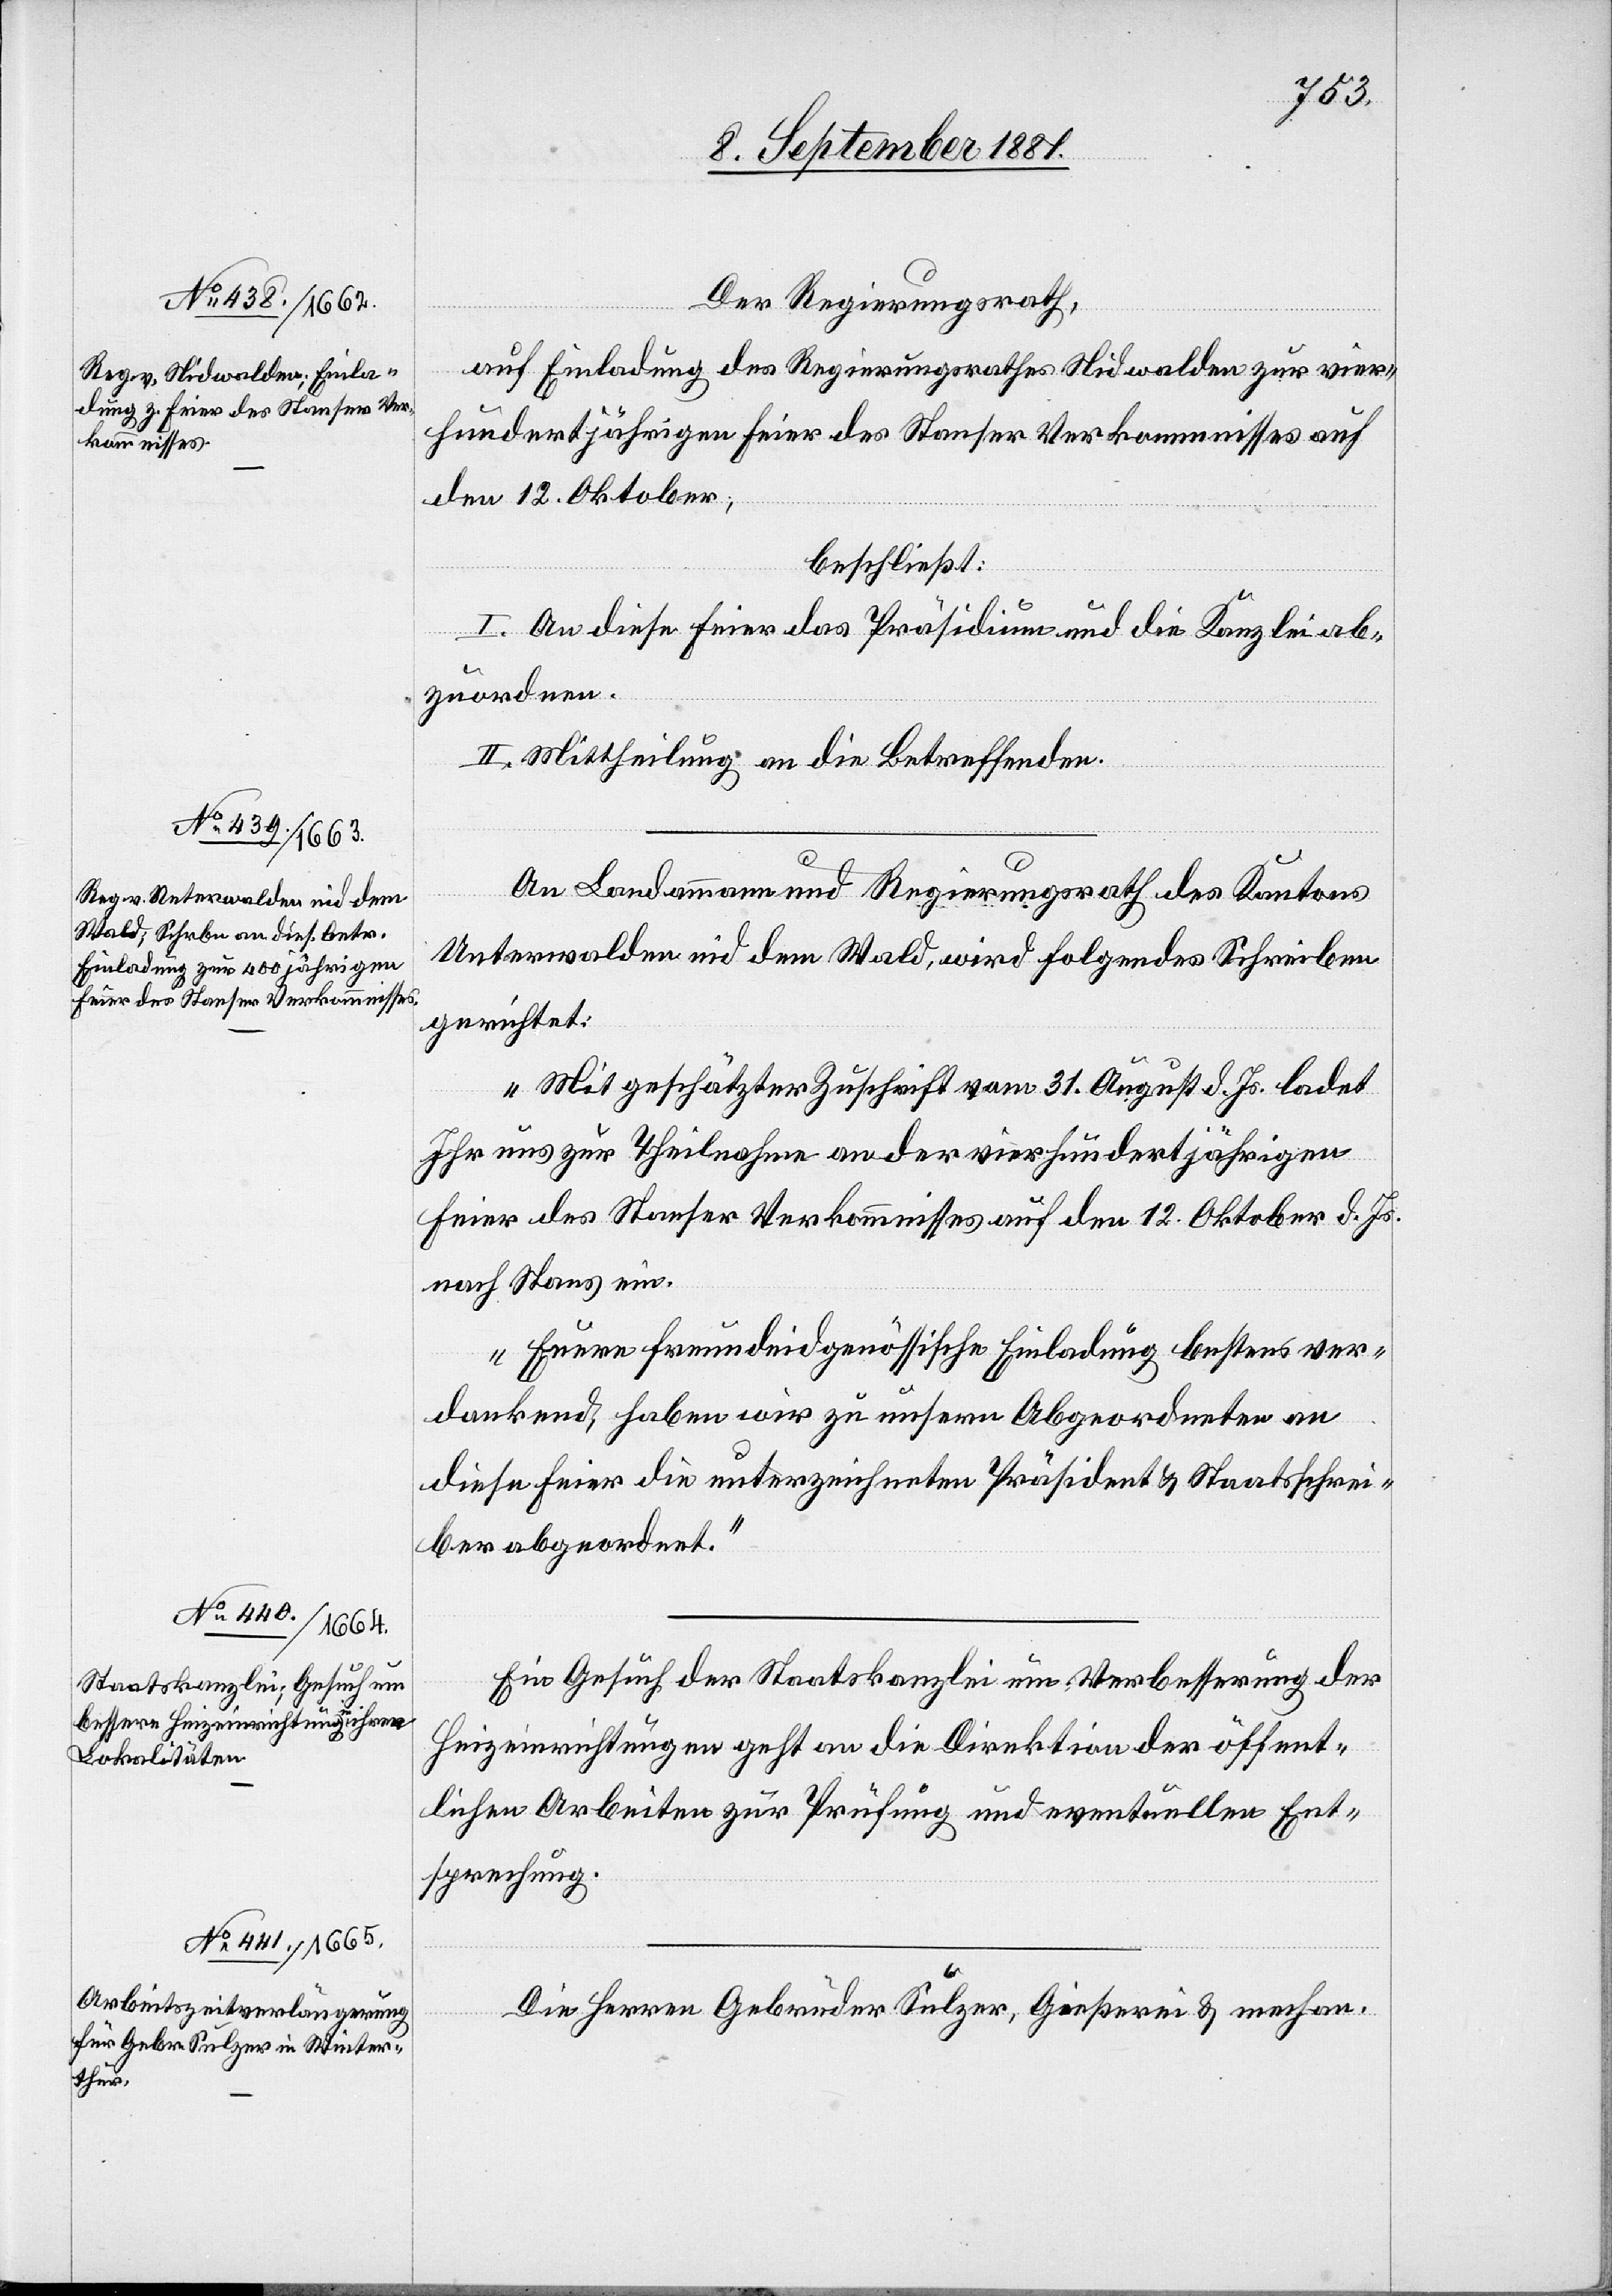
Der Regierungsrath,
auf Einladung des Regierungsrathes Nidwalden zur vier¬
hundertjährigen Feier des Stanser Verkommnisses auf
den 12. Oktober,
beschließt:
I. An diese Feier das Präsidium und die Kanzlei ab¬
zuordnen.
II. Mittheilung an die Betreffenden.
An Landammann und Regierungsrath des Kantons
Unterwalden nid dem Wald, wird folgendes Schreiben
gerichtet:
„Mit geschätzter Zuschrift vom 31. August d. Js. ladet
Ihr uns zur Theilnahme an der vierhundertjährigen
Feier des Stanser Verkommnisses auf den 12. Oktober d. Js.
nach Stans ein.
Euere freundeidgenössische Einladung bestens ver¬
dankend, haben wir zu unsern Abgeordneten an
diese Feier die unterzeichneten Präsident & Staatsschrei¬
ber abgeordnet.“
Ein Gesuch der Staatskanzlei um Verbesserung der
Heizeinrichtungen geht an die Direktion der öffent¬
lichen Arbeiten zur Prüfung und eventuellen Ent¬
sprechung.
Die Herren Gebrüder Sulzer, Gießerei & mechan.